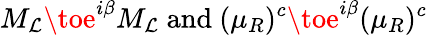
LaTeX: M_{\mathcal{L}}\toe^{i\beta}M_{\mathcal{L}}{\mathrm{{~and~}}}(\mu_{R})^{c}\toe^{i\beta}(\mu_{R})^{c}